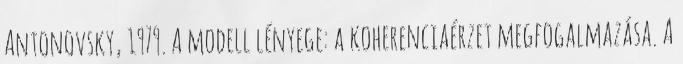
Antonovsky, 1979. A modell lényege: a koherenciaérzet megfogalmazása. A